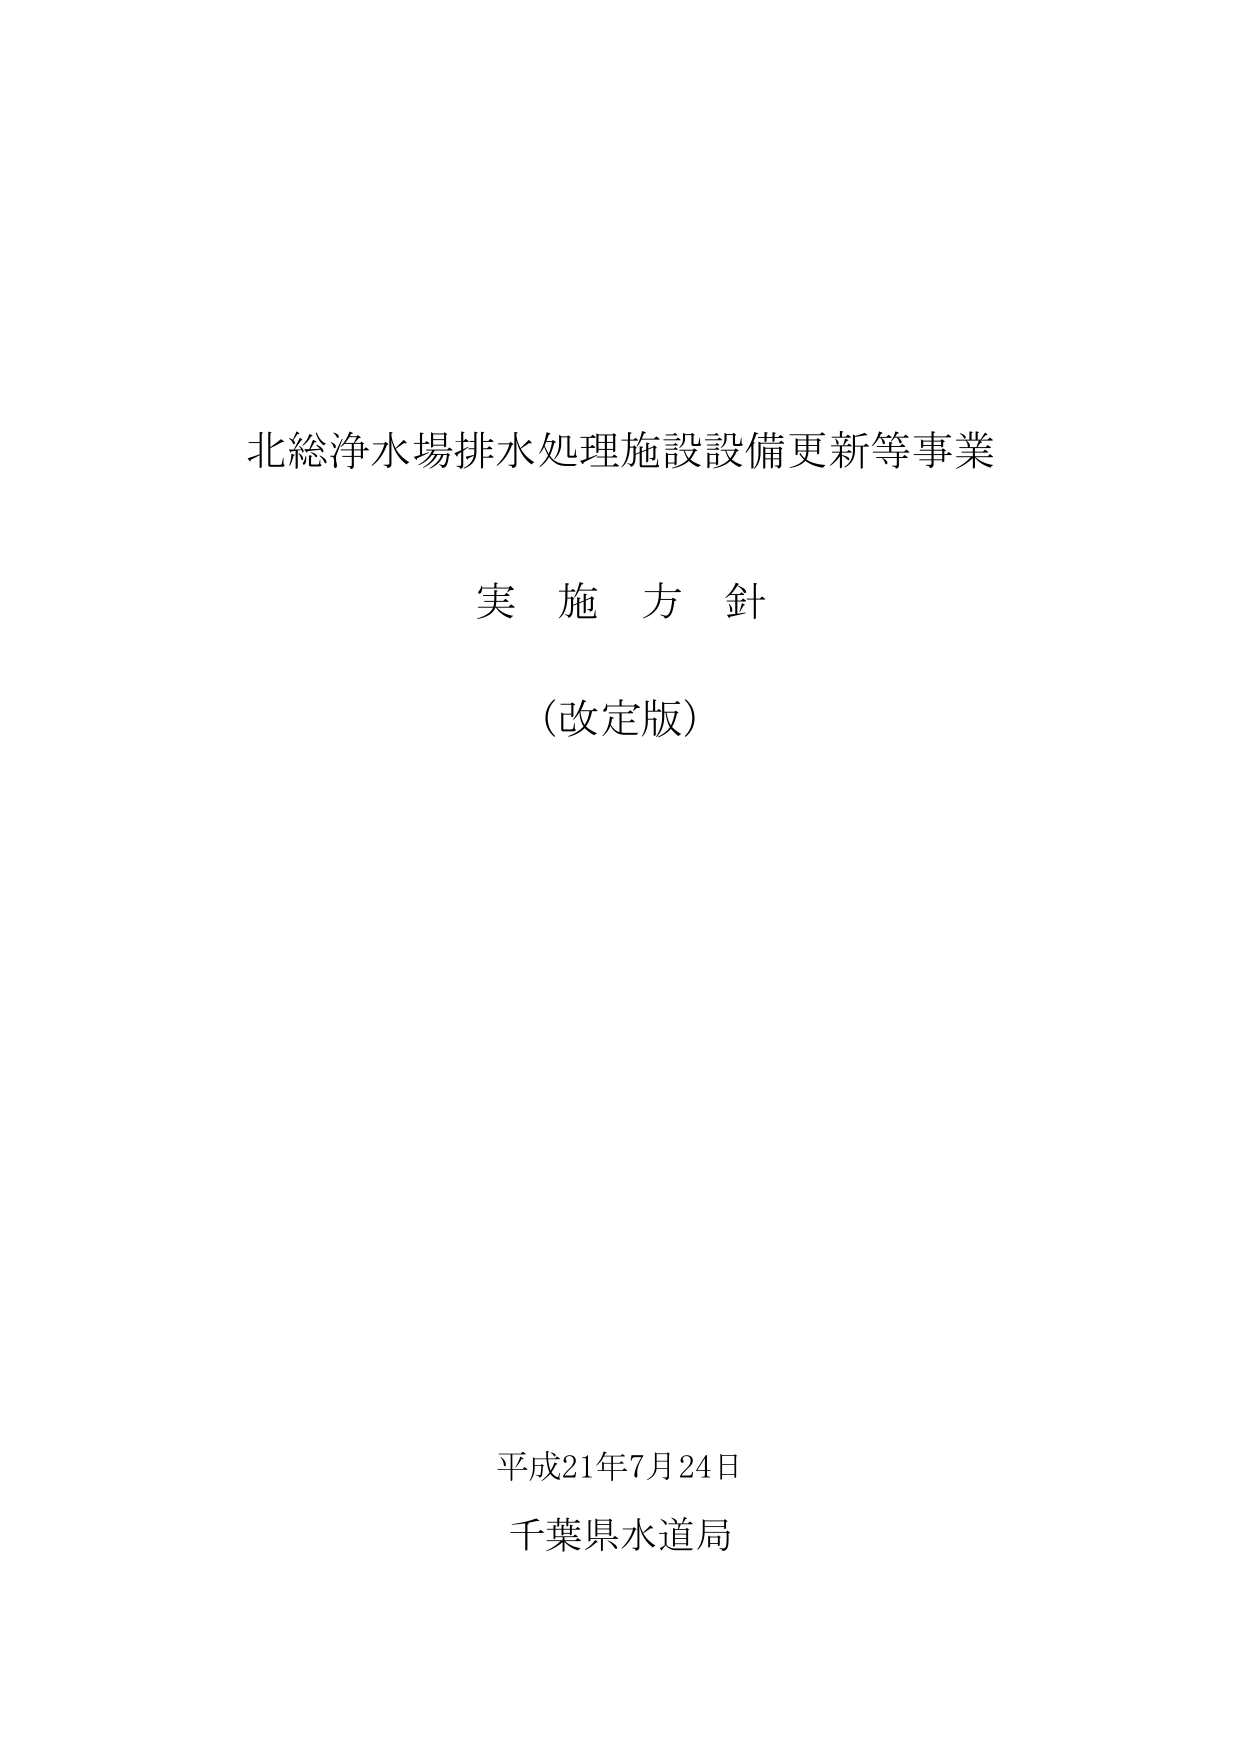
北総浄水場排水処理施設設備更新等事業
実 施 方 針
(改定版)

平成21年7月24日
千葉県水道局